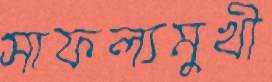
সাফল্যমুখী